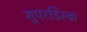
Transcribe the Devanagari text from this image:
सुपरडिस्क